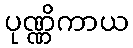
ပုဏ္ဏိကာယ